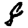
Digit: 8